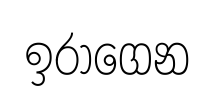
ඉරාගෙන